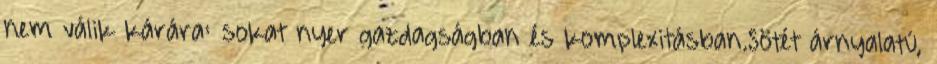
nem válik kárára: sokat nyer gazdagságban és komplexitásban.Sötét árnyalatú,